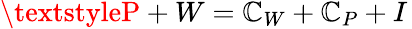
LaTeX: \textstyleP+W=\mathbb{C}_{W}+\mathbb{C}_{P}+I\,